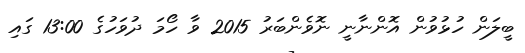
ބީލަން ހުޅުވުން އޮންނާނީ ނޮވެންބަރު 2015 ވާ ހޯމަ ދުވަހުގެ 13:00 ގައި